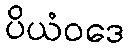
ပိယံဝဒေ